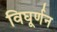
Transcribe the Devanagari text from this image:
विघूर्णन